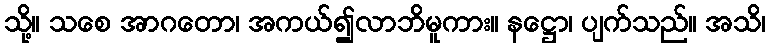
သို့။ သစေ အာဂတော၊ အကယ်၍လာဘိမူကား။ နဋ္ဌော၊ ပျက်သည်။ အသိ၊